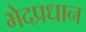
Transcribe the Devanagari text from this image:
भेदप्रधान